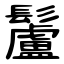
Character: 䰕